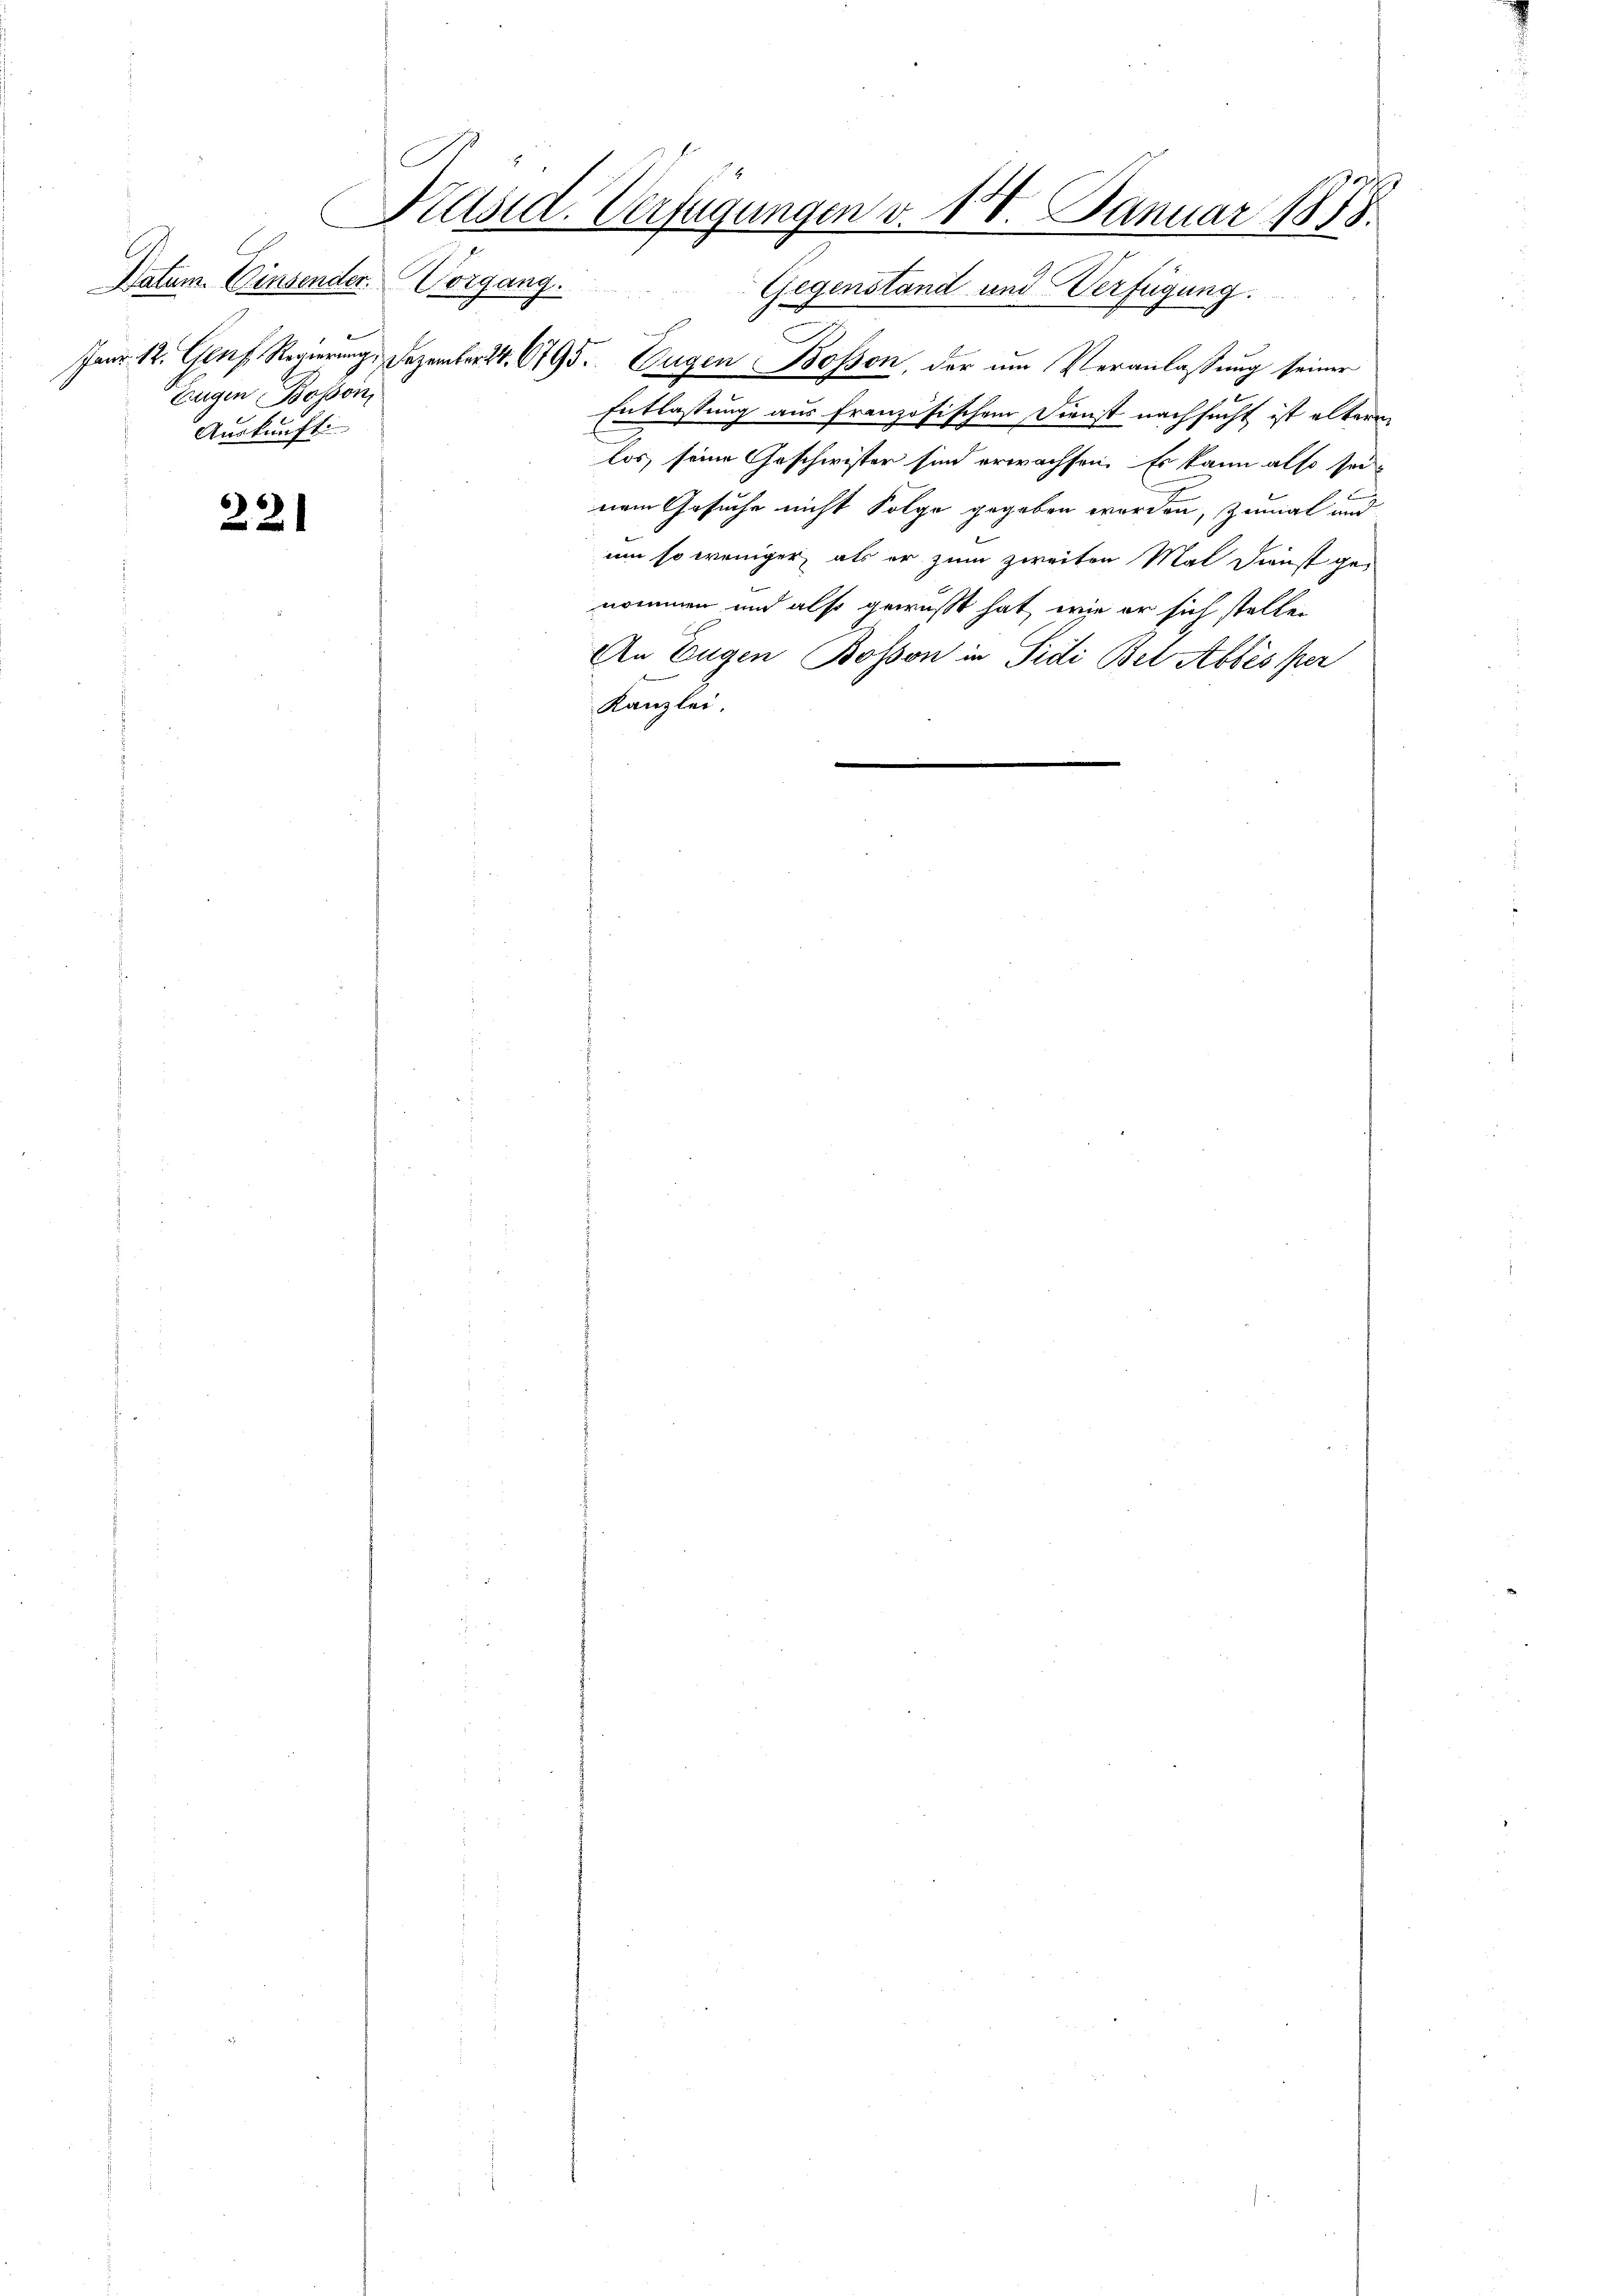
Datum. Einsender.
Eugen Bosson
Auskünfti

22

Präsid. Verfügungen v. 18. Januar 1878.
Vorgang.

Gegenstand und Verfügung.
Janr. 12. Genf. Regierung. Dezember 24. 6795. Eugen Bosson, der um Veranlassung seiner
Entlassung aus französischem Dienst nachsucht ist altern
los, seine Geschwister sind erwachsen. Es kann also sei
nem Gesuche nicht Folge gegeben worden, zumal und
um so weniger, als er zum zweiten Mal Dienst genommen und also gewußt hat, wie er sich stellen
An Eugen Bosson in Sidi Bel Abtes per
Kanzlei.